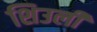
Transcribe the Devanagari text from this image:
शिउली